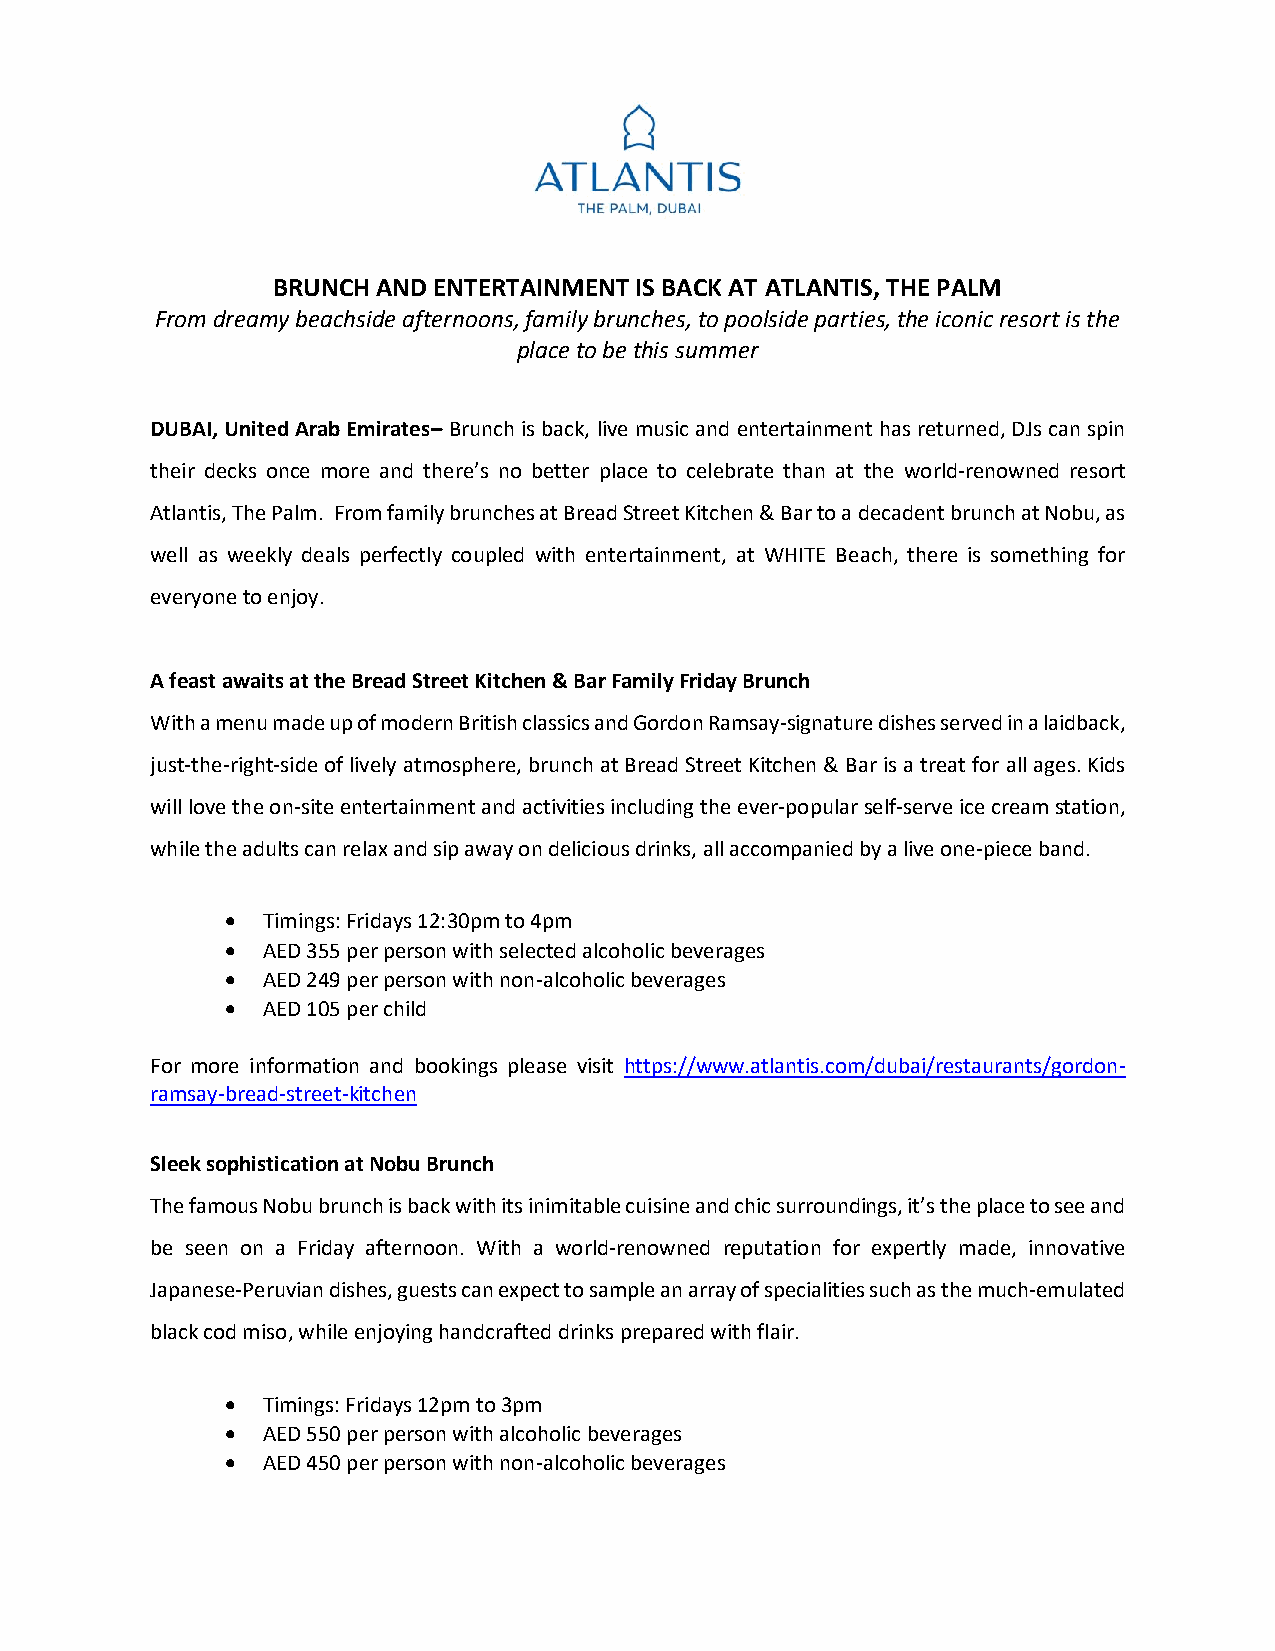
BRUNCH AND ENTERTAINMENT IS BACK AT ATLANTIS, THE PALM
 From dreamy beachside afternoons, family brunches, to poolside parties, the iconic resort is the
 place to be this summer
 DUBAI, United Arab Emirates– Brunch is back, live music and entertainment has returned, DJs can spin
 their decks once more and there’s no better place to celebrate than at the world-renowned resort
 Atlantis, The Palm. From family brunches at Bread Street Kitchen & Bar to a decadent brunch at Nobu, as
 well as weekly deals perfectly coupled with entertainment, at WHITE Beach, there is something for
 everyone to enjoy.
 A feast awaits at the Bread Street Kitchen & Bar Family Friday Brunch
 With a menu made up of modern British classics and Gordon Ramsay-signature dishes served in a laidback,
 just-the-right-side of lively atmosphere, brunch at Bread Street Kitchen & Bar is a treat for all ages. Kids
 will love the on-site entertainment and activities including the ever-popular self-serve ice cream station,
 while the adults can relax and sip away on delicious drinks, all accompanied by a live one-piece band.
 • Timings: Fridays 12:30pm to 4pm
 • AED 355 per person with selected alcoholic beverages
 • AED 249 per person with non-alcoholic beverages
 • AED 105 per child
 For more information and bookings please visit https://www.atlantis.com/dubai/restaurants/gordon-
 ramsay-bread-street-kitchen
 Sleek sophistication at Nobu Brunch
 The famous Nobu brunch is back with its inimitable cuisine and chic surroundings, it’s the place to see and
 be seen on a Friday afternoon. With a world-renowned reputation for expertly made, innovative
 Japanese-Peruvian dishes, guests can expect to sample an array of specialities such as the much-emulated
 black cod miso, while enjoying handcrafted drinks prepared with flair.
 • Timings: Fridays 12pm to 3pm
 • AED 550 per person with alcoholic beverages
 • AED 450 per person with non-alcoholic beverages